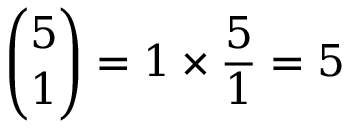
{ \binom { 5 } { 1 } } = 1 \times { \frac { 5 } { 1 } } = 5